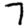
Digit: 7